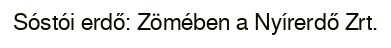
Sóstói erdő: Zömében a Nyírerdő Zrt.